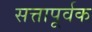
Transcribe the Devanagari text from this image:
सत्तापूर्वक